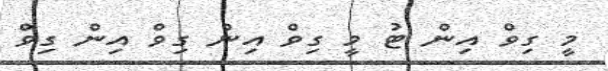
މީ ގިވް އިން ޓު މީ ގިވް އިން ގިވް އިން ގިވް